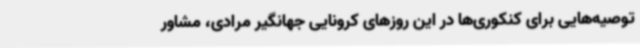
توصیه‌هایی برای کنکوری‌ها در این روزهای کرونایی جهانگیر مرادی، مشاور